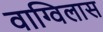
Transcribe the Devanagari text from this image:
वाग्विलास